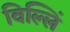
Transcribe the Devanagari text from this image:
विल्लिं